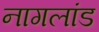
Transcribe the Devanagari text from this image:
नागलांड